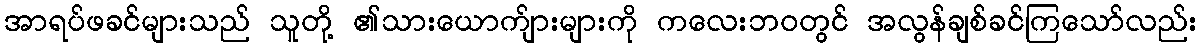
အာရပ်ဖခင်များသည် သူတို့ ၏သားယောက်ျားများကို ကလေးဘဝတွင် အလွန်ချစ်ခင်ကြသော်လည်း